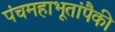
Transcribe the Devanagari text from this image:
पंचमहाभूतांपैकी